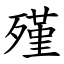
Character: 殣